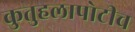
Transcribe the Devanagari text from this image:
कुतुहलापोटीच